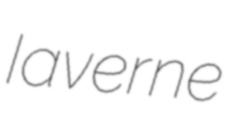
Iaverne